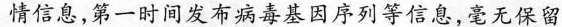
情信息，第一时间发布病毒基因序列等信息，毫无保留